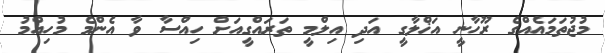
މުޖުތަމައެއްގެ ރޫހާނީ އަޚްލާގީ އަދި އިލްމީ ތަރައްގީއަށް ހިއްސާ ވާ އެންމެ މުހިއްމު